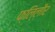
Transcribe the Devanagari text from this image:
फ्लि्लौर